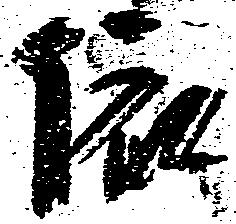
依